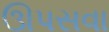
ઊપસવા